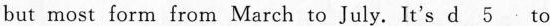
but most form from March to July.It's d___ to